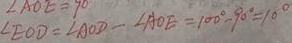
\angle E O D = \angle A O D - \angle A O E = 1 0 0 ^ { \circ } - 9 0 ^ { \circ } = 1 0 ^ { \circ }